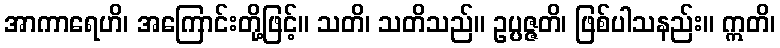
အာကာရေဟိ၊ အကြောင်းတို့ဖြင့်။ သတိ၊ သတိသည်။ ဥပ္ပဇ္ဇတိ၊ ဖြစ်ပါသနည်း။ ဣတိ၊